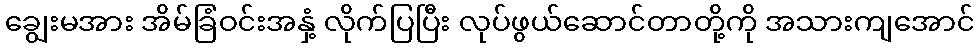
ချွေးမအား အိမ်ခြံဝင်းအနှံ့ လိုက်ပြပြီး လုပ်ဖွယ်ဆောင်တာတို့ကို အသားကျအောင်